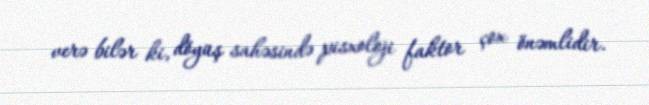
verə bilər ki, döyüş sahəsində pisxoloji faktor çox önəmlidir.